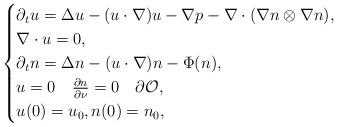
LaTeX: \begin{align*}\begin{cases}\partial_t u = \Delta u - (u\cdot \nabla)u -\nabla p - \nabla \cdot (\nabla n \otimes \nabla n) , \\\nabla \cdot u = 0 , \\\partial_t n = \Delta n - (u\cdot\nabla)n - \Phi(n) , \\ u = 0 \quad \frac{\partial n}{\partial \nu} = 0 \quad \partial\mathcal{O}, \\ u(0) = u_0, n(0) = n_0 ,\end{cases}\end{align*}